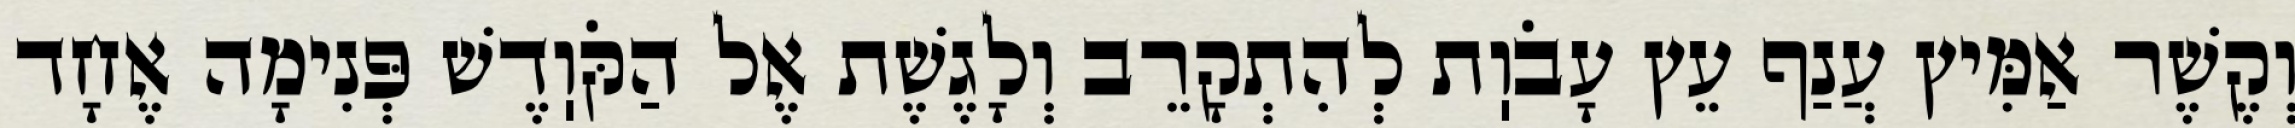
וְקֶשֶׁר אַמִּיץ עֲנַף עֵץ עָבֹוֽת לְהִתְקָרֵב וְלָגֶשֶׁת אֶל הַקֹּוֽדֶשׁ פְּנִימָה אֶחָד